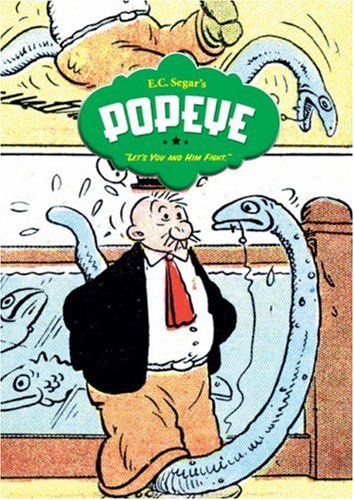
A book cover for Popeye, Vol. 3: Let's You and Him Fight!; E. C. Segar; Humor & Entertainment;